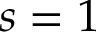
s = 1